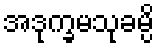
အဒုက္ခမသုခမ္ပိ